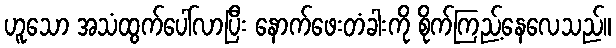
ဟူသော အသံထွက်ပေါ်လာပြီး နောက်ဖေးတံခါးကို စိုက်ကြည့်နေလေသည်။